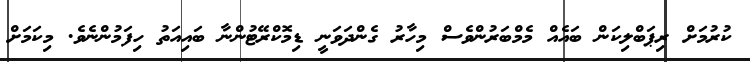
ކުރުމަށް ރިޕަބްލިކަން ބައެއް މެމްބަރުންވެސް މިހާރު ގެންދަވަނީ ޑިމޮކްރޭޓުންނާ ބައިއަތު ހިފަމުންނެވެ. މިކަމަށް